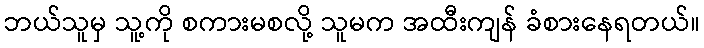
ဘယ်သူမှ သူ့ကို စကားမစလို့ သူမက အထီးကျန် ခံစားနေရတယ်။